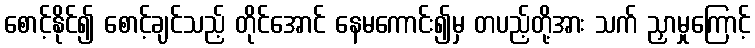
စောင့်နိုင်၍ စောင့်ချင်သည့် တိုင်အောင် နေမကောင်း၍မှ တပည့်တို့အား သက် ညှာမှုကြောင့်